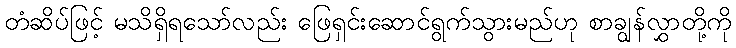
တံဆိပ်ဖြင့် မသိရှိရသော်လည်း ဖြေရှင်းဆောင်ရွက်သွားမည်ဟု စာချွန်လွှာတို့ကို